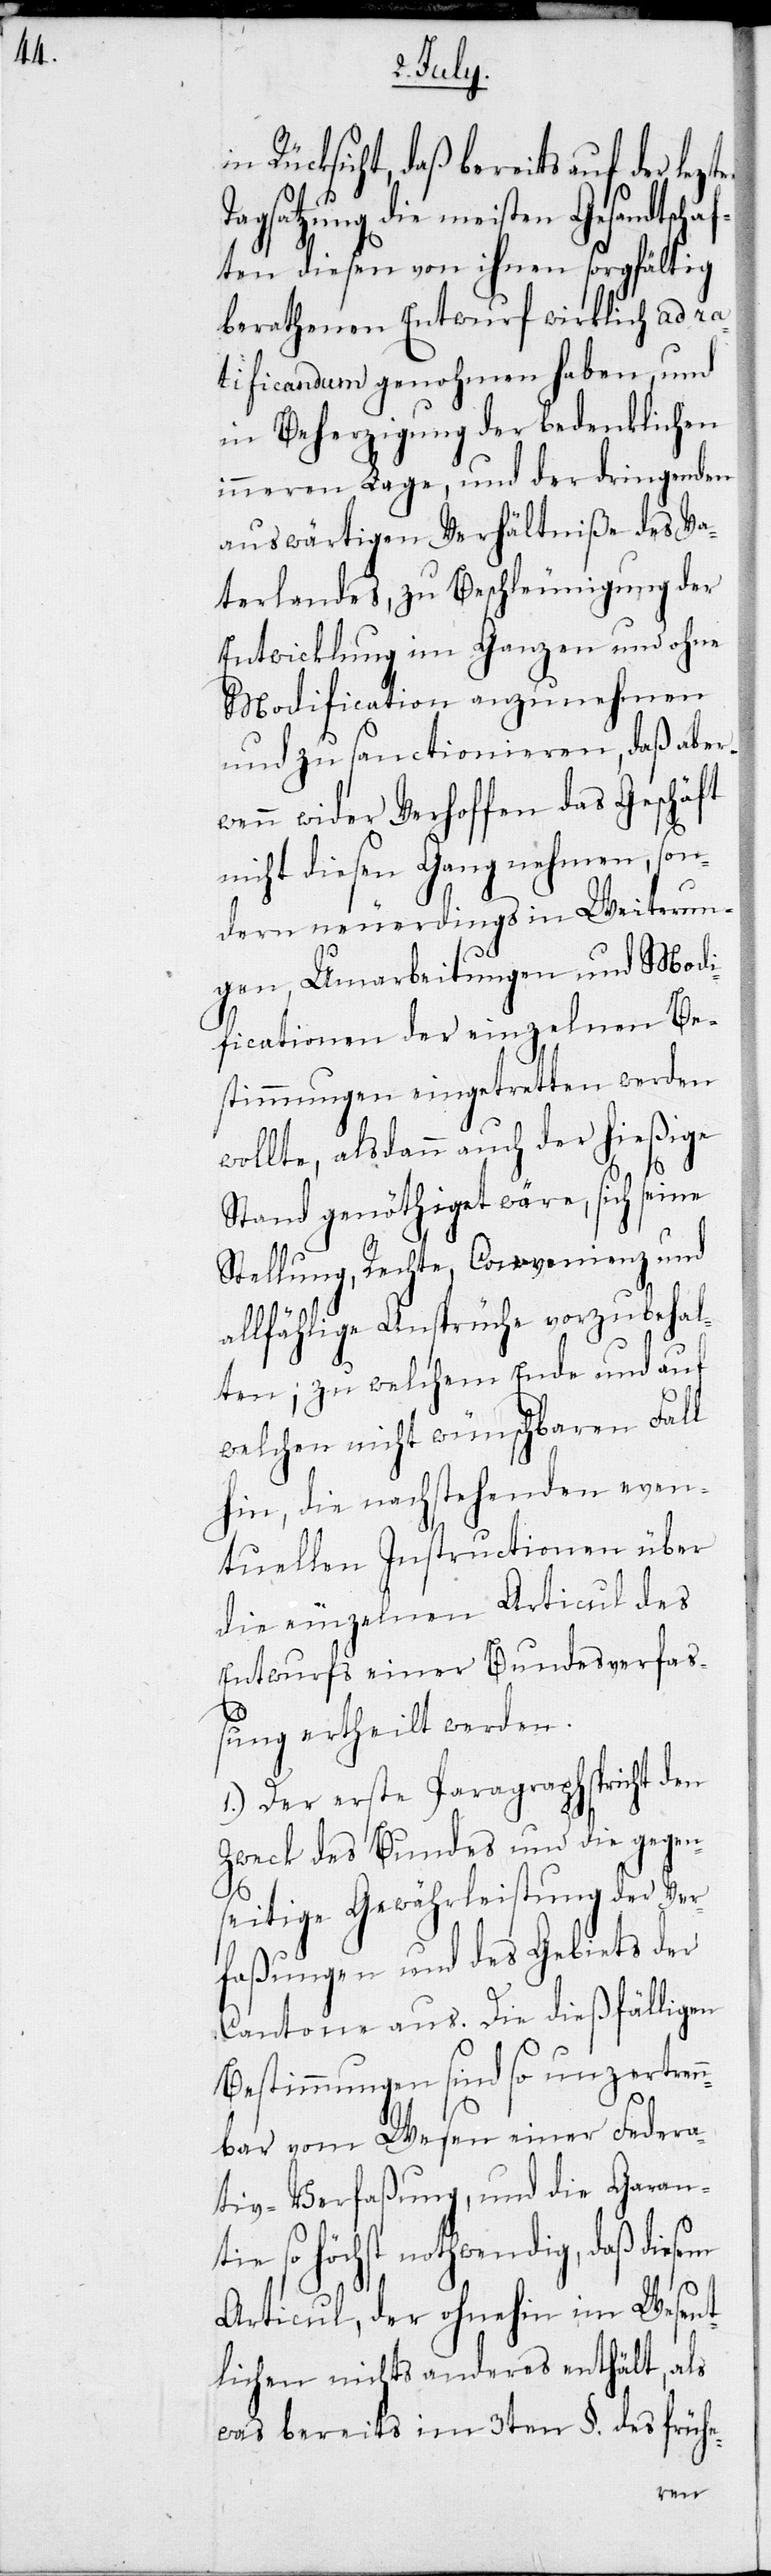
Rücksicht, daß bereits auf der letz¬
Tagsatzung die meisten Gesandtschaf¬
ten diesen von ihnen sorgfältig
berathenen Entwurf wirklich ad ra¬
tificandum genohmen haben, und
in Beherzigung der bedenklichen
inneren Lange, und der dringenden
auswärtigen Verhältniße des Va¬
terlandes, zu Beschleunigung der
Entwicklung im Ganzen und ohne
Modification anzunehmen
und zu sanctionieren, daß aber
wenn wider Verhoffen das Geschäft
nicht diesen Gang nehmen, son¬
dern neuerdings in Weiterun¬
gen, Umarbeitungen und Modi¬
ficationen der einzelnen Be¬
stimmungen eingetretten werden
wollte, als dann auch der hießige
Stand genöthiget wäre, sich seine
Stellung, Rechte, Convenienz und
allfählige Ansprüche vorzubehal¬
ten; zu welchem Ende und auf
welchen nicht wünschbaren Fall
hin, die nachstehenden even¬
tuellen Instructionen über
die einzelnen Articul des
Entwurfs einer Bundesverfaß¬
ung ertheilt werden.
1.) Der erste Paragraph spricht den
Zweck des Bundes und die gegen¬
seitige Gewährleistung der Ver¬
faßungen und des Gebiets der
Cantone aus. Die dießfälligen
Bestimmungen sind so unzertren¬
nbar vom Wesen einer Federa¬
tiv-Verfaßung, und die Garan¬
tie so höchst nothwendig, daß diesem
Articul, der ohnehin im Wesent¬
lichen nichts anderes enthält, als
was bereits im 3ten §. des frühe-
en